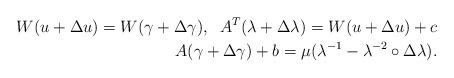
LaTeX: \begin{align*}\begin{aligned}W(u+\Delta u) = W (\gamma + \Delta \gamma), \;\;A^T (\lambda + \Delta \lambda) = W(u+\Delta u) + c \\A (\gamma + \Delta \gamma) + b = \mu( \lambda^{-1} - \lambda^{-2} \circ \Delta \lambda).\end{aligned}\end{align*}